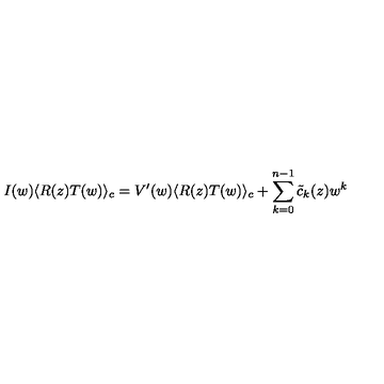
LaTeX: I ( w ) \langle R ( z ) T ( w ) \rangle _ { c } = V ^ { \prime } ( w ) \langle R ( z ) T ( w ) \rangle _ { c } + \sum _ { k = 0 } ^ { n - 1 } { \tilde { c } } _ { k } ( z ) w ^ { k }